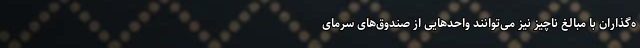
ه‌گذاران با مبالغ ناچیز نیز می‌توانند واحدهایی از صندوق‌های سرمای